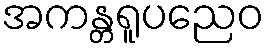
အကန္တရူပညေဝ